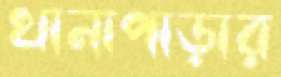
থানাপাড়ার